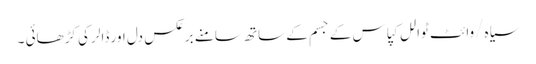
سیاہ/وائٹ ٹوالل کپاس کے جسم کے ساتھ سامنے برعکس دل اور ڈالر کی کڑھائی ۔